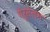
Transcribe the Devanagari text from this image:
येरूसेलम